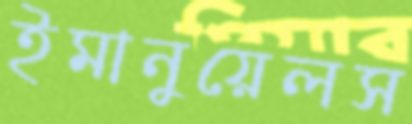
ইমানুয়েলস